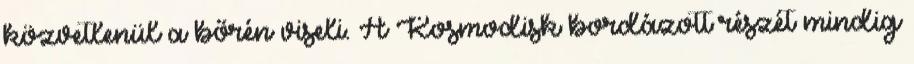
közvetlenül a bőrén viseli. A Kosmodisk bordázott részét mindig